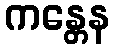
ကန္တေန